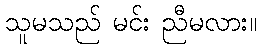
သူမသည် မင်း ညီမလား။